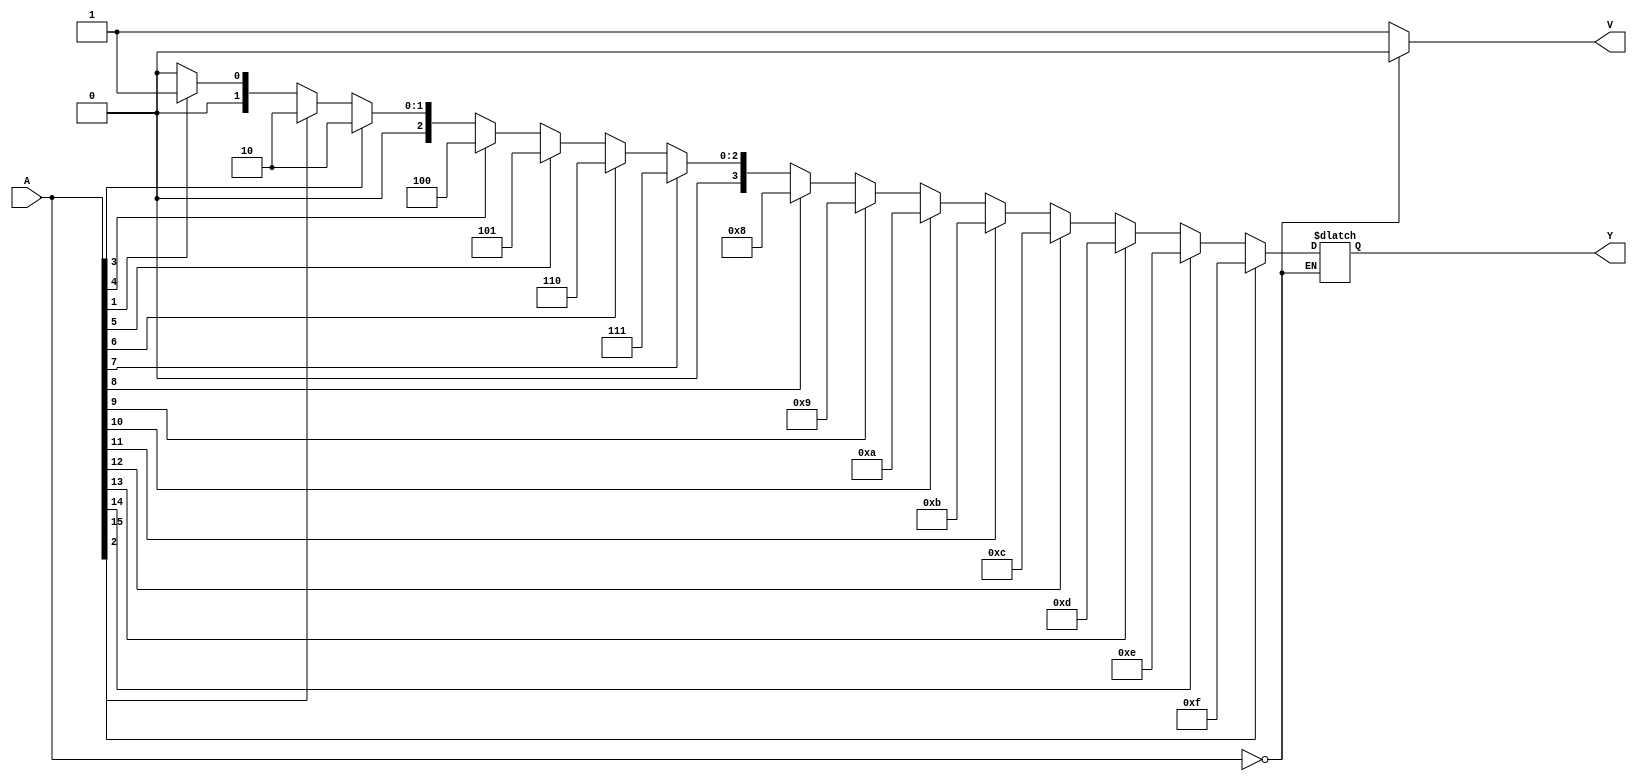
module encoder16to14b (A,Y,V);
input [15:0] A;
output [3:0] Y;
output V;
reg V;
reg [3:0] Y;
always @(A)
begin
 if(A==0)
  V=0;
else 
 begin
    V=1;
    if(A[15]==1)
     Y=15;
 else if(A[14]==1)
     Y=14;
 else if(A[13]==1)
     Y=13;
else if(A[12]==1)
     Y=12;
else if(A[11]==1)
     Y=11;
else if(A[10]==1)
     Y=10;
else if(A[9]==1)
     Y=9;
else if(A[8]==1)
     Y=8;
else if(A[7]==1)
     Y=7;
else if(A[6]==1)
     Y=6;
else if(A[5]==1)
     Y=5;
else if(A[4]==1)
     Y=4;
else if(A[3]==1)
     Y=2;
else if(A[2]==1)
     Y=2;
else if(A[1]==1)
     Y=1;
else Y=0;
 end
end
endmodule